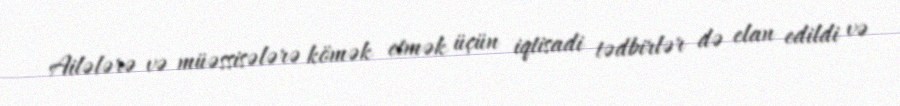
Ailələrə və müəssisələrə kömək etmək üçün iqtisadi tədbirlər də elan edildi və